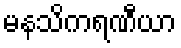
မနသိကရဏီယာ